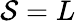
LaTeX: \mathcal{S}=L